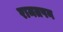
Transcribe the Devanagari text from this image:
रामतपन